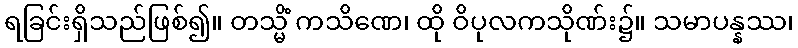
ရခြင်းရှိသည်ဖြစ်၍။ တသ္မိံ ကသိဏေ၊ ထို ဝိပုလကသိုဏ်း၌။ သမာပန္နဿ၊